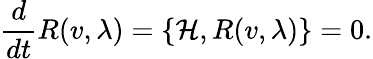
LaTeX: {\frac{d}{dt}}R(v,\lambda)=\{ \mathcal{H},R(v,\lambda)\} =0.